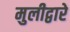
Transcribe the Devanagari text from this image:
मुलीद्वारे